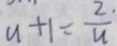
u + 1 = \frac { 2 } { u }